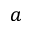
a